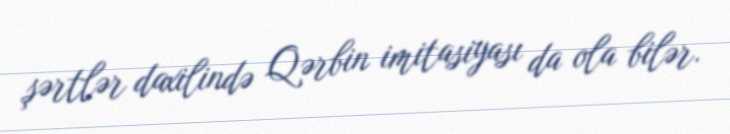
şərtlər daxilində Qərbin imitasiyası da ola bilər.